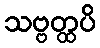
သဗ္ဗတ္ထပိ